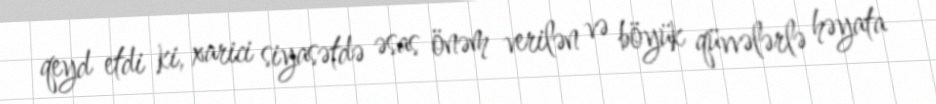
qeyd etdi ki, xarici siyasətdə əsas önəm verilən və böyük qüvvələrlə həyata